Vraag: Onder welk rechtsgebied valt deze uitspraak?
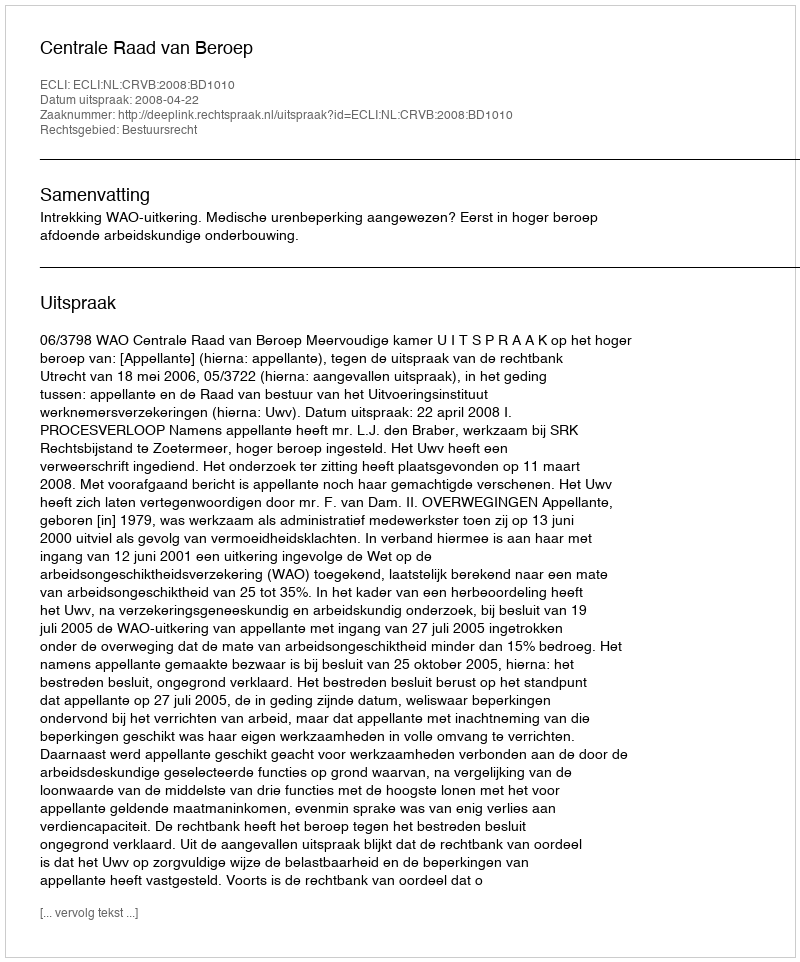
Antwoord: Bestuursrecht